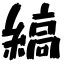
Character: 縞